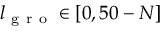
l _ { \mathrm { ~ g ~ r ~ o ~ } } \in [ 0 , 5 0 - N ]